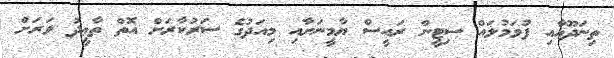
ތިނަދޫއާއި ފުވަމުލައް ސިޓީން ރައީސް ޔާމީނަށާއި މިއަދުގެ ސަރުކާރަށް އޮތް ތާޢީދު ވަރަށް